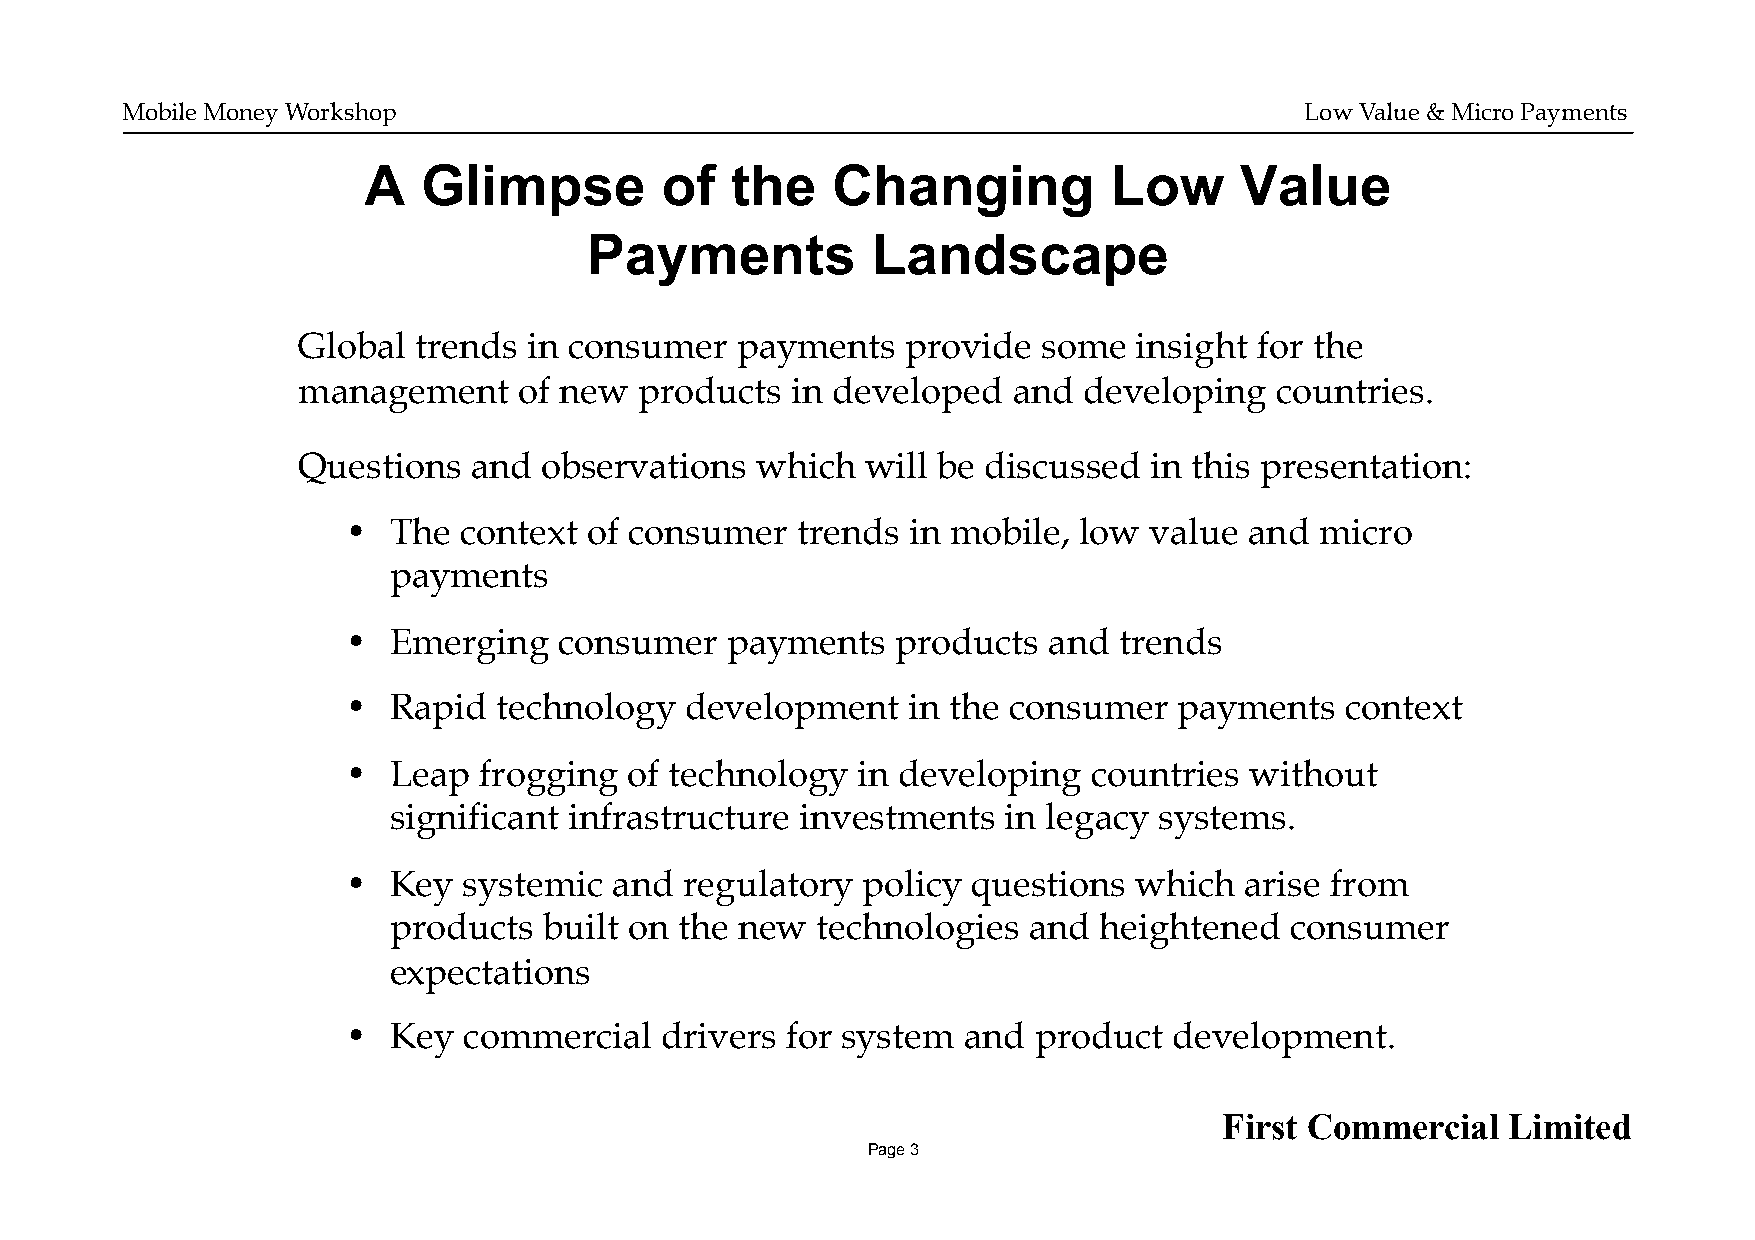
Mobile Money Workshop                                                         Low Value & Micro Payments
 A   Glimpse         of  the    Changing          Low      Value
 Payments           Landscape
 Global trends  in consumer   payments   provide  some  insight for the
 management    of new  products  in developed   and  developing  countries.
 Questions  and  observations  which  will be discussed  in this presentation:
 •  The context  of consumer   trends in mobile, low  value  and micro
 payments
 •  Emerging   consumer   payments   products  and  trends
 •  Rapid  technology  development    in the consumer   payments   context
 •  Leap  frogging  of technology  in developing  countries  without
 significant infrastructure investments   in legacy systems.
 •  Key  systemic  and regulatory  policy questions  which  arise from
 products  built on the new  technologies  and  heightened  consumer
 expectations
 •  Key  commercial   drivers for system  and product   development.
 First Commercial   Limited
 Page 3